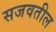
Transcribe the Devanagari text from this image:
सजवतील